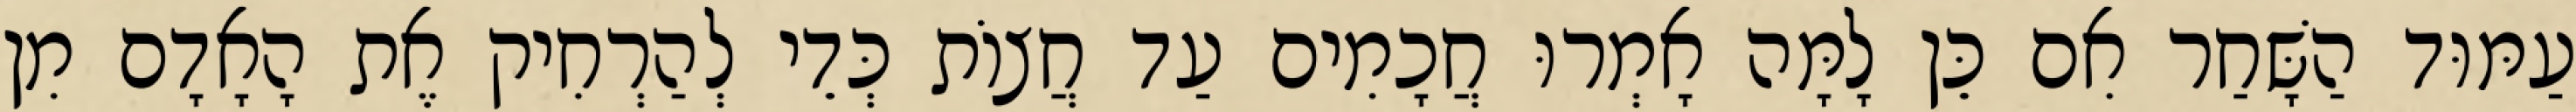
עַמּוּד הַשָּׁחַר אִם כֵּן לָמָּה אָמְרוּ חֲכָמִים עַד חֲצוֹת כְּדֵי לְהַרְחִיק אֶת הָאָדָם מִן